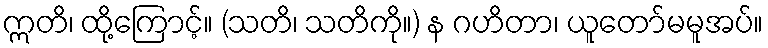
ဣတိ၊ ထို့ကြောင့်။ (သတိ၊ သတိကို။) န ဂဟိတာ၊ ယူတော်မမူအပ်။